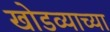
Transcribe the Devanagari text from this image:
खोडव्याच्या